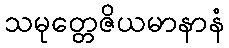
သမုတ္တေဇိယမာနာနံ